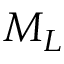
M _ { L }